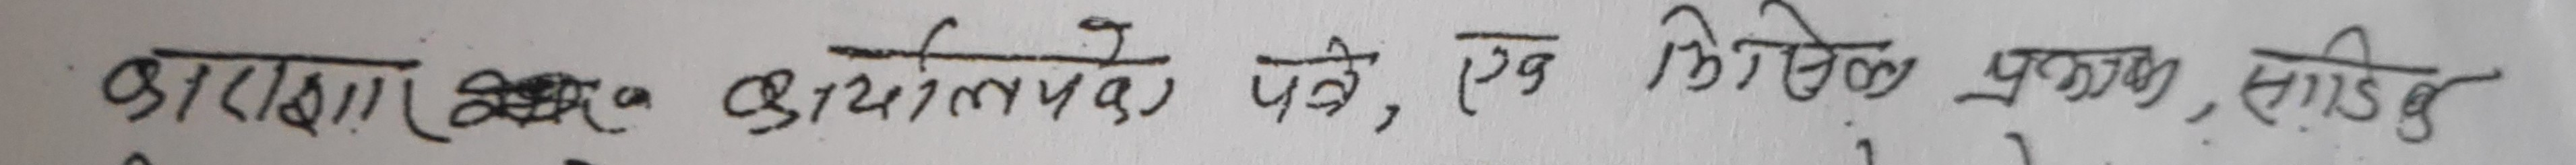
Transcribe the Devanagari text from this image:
कारबाही स्वरुप कार्यालय पठाउने, एक किमिको प्रभाव, साँउसु